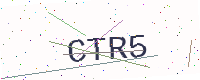
Text: CTR5